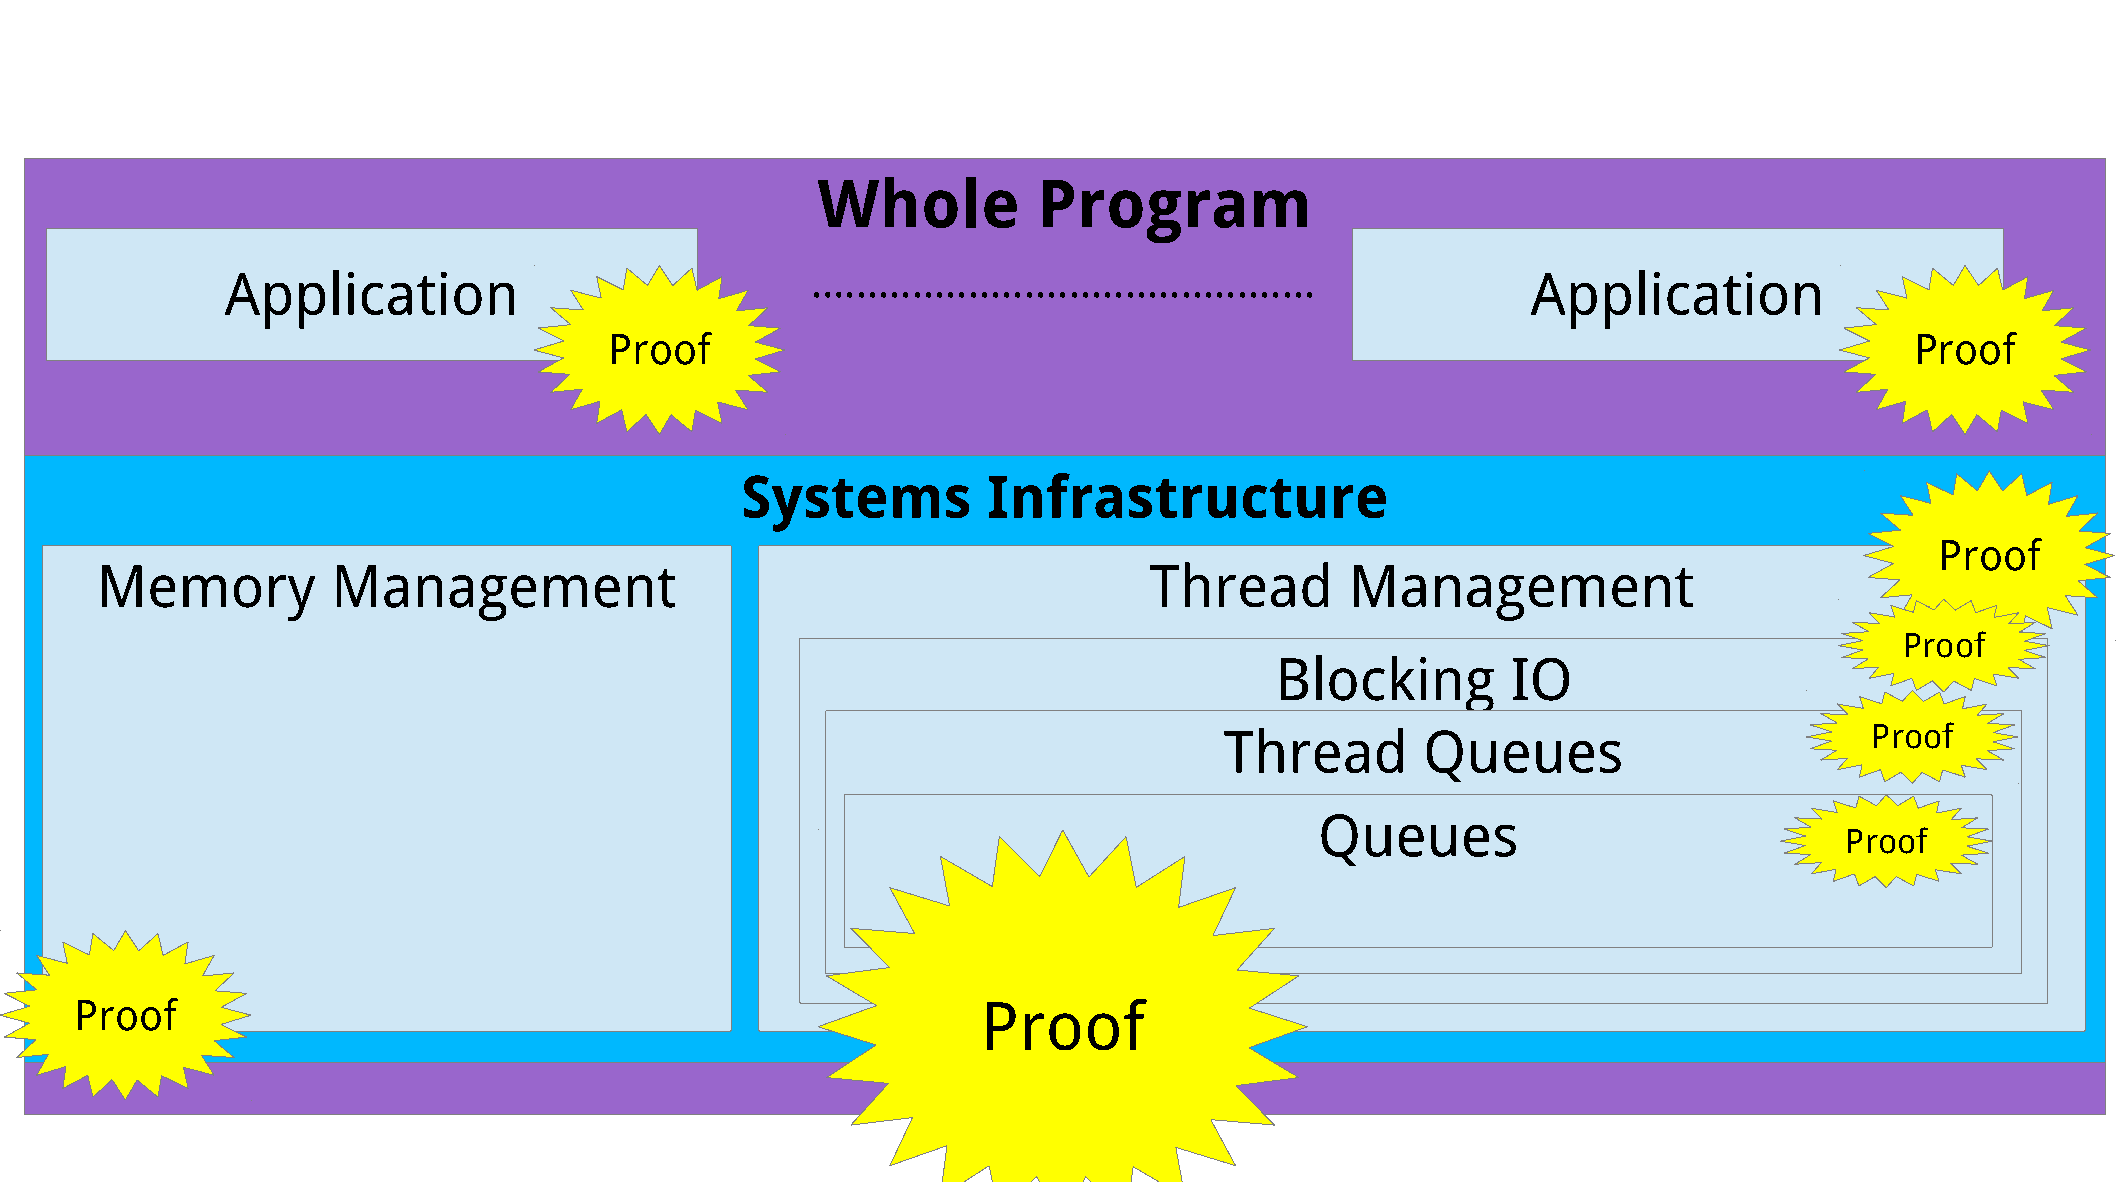
Whole          Program
 Application                            …..........................................    Application
 Proof                                                                                  Proof
 Systems         Infrastructure
 Proof
 Memory          Management                                            Thread       Management
 Systems        Infrastructure
 Proof
 (OS    kernel,      database         engine,       compiler,        ...)
 Blocking        IO
 Thread       Queues                        Proof
 Queues
 Proof
 Proof                                                       Proof
 3